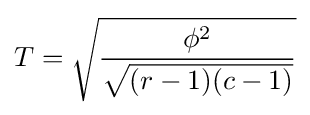
T={\sqrt {\frac {\phi ^{2}}{\sqrt {(r-1)(c-1)}}}}